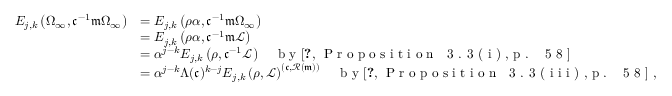
\begin{array} { r l } { E _ { j , k } \left( \Omega _ { \infty } , \mathfrak c ^ { - 1 } \mathfrak m \Omega _ { \infty } \right) } & { = E _ { j , k } \left( \rho \alpha , \mathfrak c ^ { - 1 } \mathfrak m \Omega _ { \infty } \right) } \\ & { = E _ { j , k } \left( \rho \alpha , \mathfrak c ^ { - 1 } \mathfrak m \mathcal { L } \right) } \\ & { = \alpha ^ { j - k } E _ { j , k } \left( \rho , \mathfrak c ^ { - 1 } \mathcal { L } \right) \quad \textrm { b y \cite [ P r o p o s i t i o n ~ 3 . 3 ( i ) , p . ~ 5 8 ] { d S 8 7 } } } \\ & { = \alpha ^ { j - k } \Lambda ( \mathfrak c ) ^ { k - j } E _ { j , k } \left( \rho , \mathcal { L } \right) ^ { ( \mathfrak c , \mathscr { R } ( \mathfrak m ) ) } \quad \textrm { b y \cite [ P r o p o s i t i o n ~ 3 . 3 ( i i i ) , p . ~ 5 8 ] { d S 8 7 } } , } \end{array}